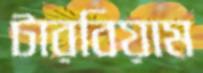
টারবিয়াম